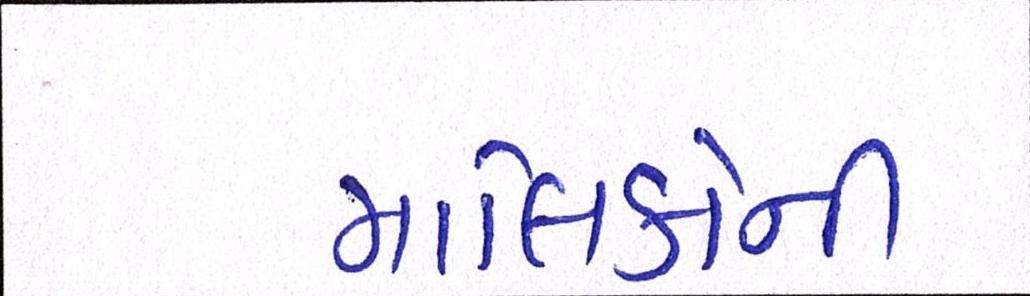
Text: માલિકોની